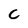
Character: C